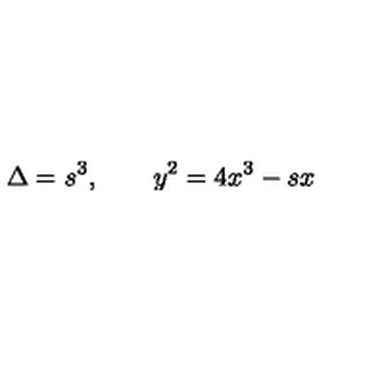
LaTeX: \Delta = s ^ { 3 } , \qquad y ^ { 2 } = 4 x ^ { 3 } - s x